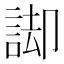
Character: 𮘏